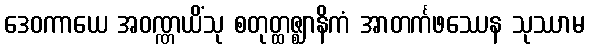
ဒေဝကာယေ အဝဏ္ဏယိံသု စတုတ္ထဇ္ဈာနိကံ အာတင်္ကဖဿေန သုဿာမ